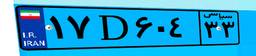
۱۷D۶۰۴۳۳